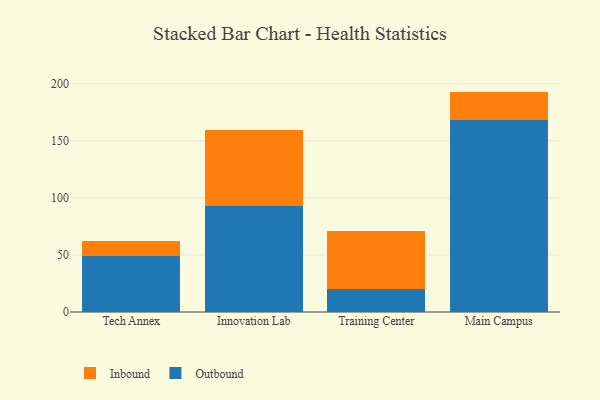
{"axis": {"x": "Campus", "y": "LTV (USD)"}, "legend": ["Inbound", "Outbound"], "data": [{"x": "Tech Annex", "y": 48.9, "type": "Outbound"}, {"x": "Tech Annex", "y": 13.1, "type": "Inbound"}, {"x": "Innovation Lab", "y": 93.1, "type": "Outbound"}, {"x": "Innovation Lab", "y": 66.5, "type": "Inbound"}, {"x": "Training Center", "y": 20.5, "type": "Outbound"}, {"x": "Training Center", "y": 50.7, "type": "Inbound"}, {"x": "Main Campus", "y": 168.1, "type": "Outbound"}, {"x": "Main Campus", "y": 25.0, "type": "Inbound"}]}